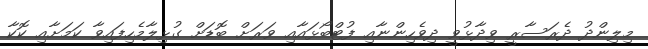
މިލިންދު ދެރަސާރީ ވިދާޅުވީ ދިވެހިންނާއި ފުޓްބޯޅައާއި ވަރަށް ބޮޑަށް ގުޅިލާމެހިފައިވާ ކަމަށާއި ކޮކާ